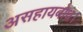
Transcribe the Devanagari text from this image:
असहायबोध।